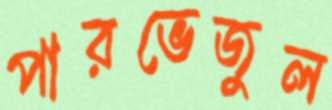
পারভেজুল